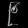
Digit: ၉